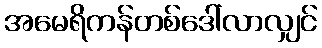
အမေရိကန်တစ်ဒေါ်လာလျှင်